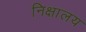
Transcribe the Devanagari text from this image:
निक्षालय